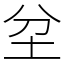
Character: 坌